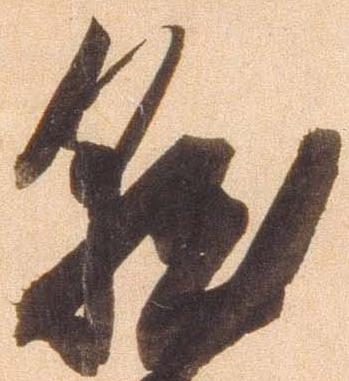
就